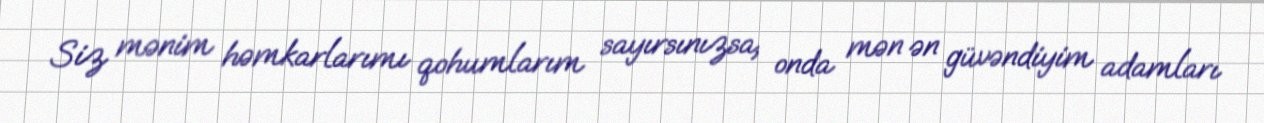
Siz mənim həmkarlarımı qohumlarım sayırsınızsa, onda mən ən güvəndiyim adamları